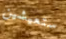
ستعيشين